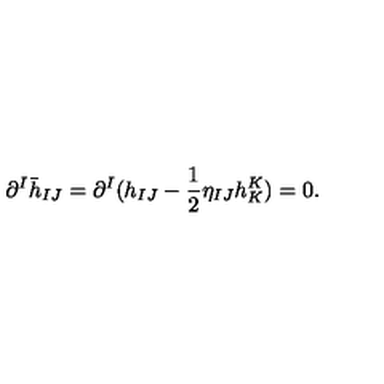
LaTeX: \partial ^ { I } \bar { h } _ { I J } = \partial ^ { I } ( h _ { I J } - \frac { 1 } { 2 } \eta _ { I J } h _ { K } ^ { K } ) = 0 .